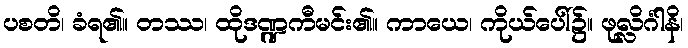
ပစတိ၊ ခံရ၏။ တဿ၊ ထိုဒဏ္ဍကီမင်း၏။ ကာယေ၊ ကိုယ်ပေါ်၌။ ဖုလ္လိင်္ဂါနိ၊